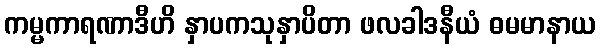
ကမ္မကာရဏာဒီဟိ နှာပကသုနှာပိတာ ဖလခါဒနီယံ ဓမမာနာယ